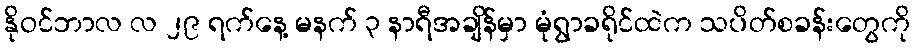
နိုဝင်ဘာလ လ ၂၉ ရက်နေ့ မနက် ၃ နာရီအချိန်မှာ မုံရွာခရိုင်ထဲက သပိတ်စခန်းတွေကို